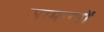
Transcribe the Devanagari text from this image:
सामान्यों